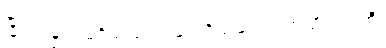
ငြိုငြင်ခြင်း မရှိသဖြင့် ရခြင်းရှိသည်။ အကသိရလာဘီ၊